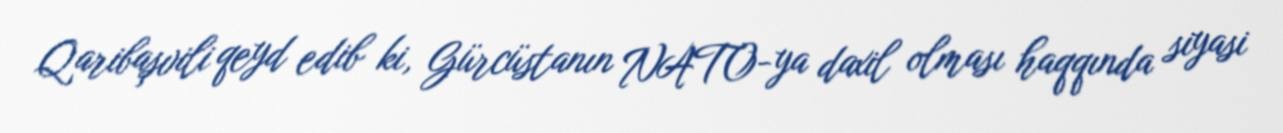
Qaribaşvili qeyd edib ki, Gürcüstanın NATO-ya daxil olması haqqında siyasi